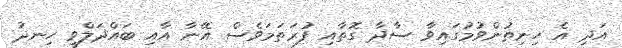
އަދި އެ ހިނިތުންވުމުގައިވާ ސާދާ ގޮތާއި ފުރަތަމަވެސް އޭނާ އާއި ބައްދަލްވީ ހިނދު